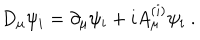
LaTeX: D _ { \mu } \psi _ { i } = \partial _ { \mu } \psi _ { i } + i A _ { \mu } ^ { ( i ) } \psi _ { i } \ .